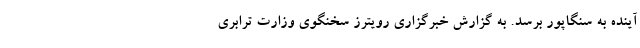
آینده به سنگاپور برسد. به گزارش خبرگزاری رویترز سخنگوی وزارت ترابری